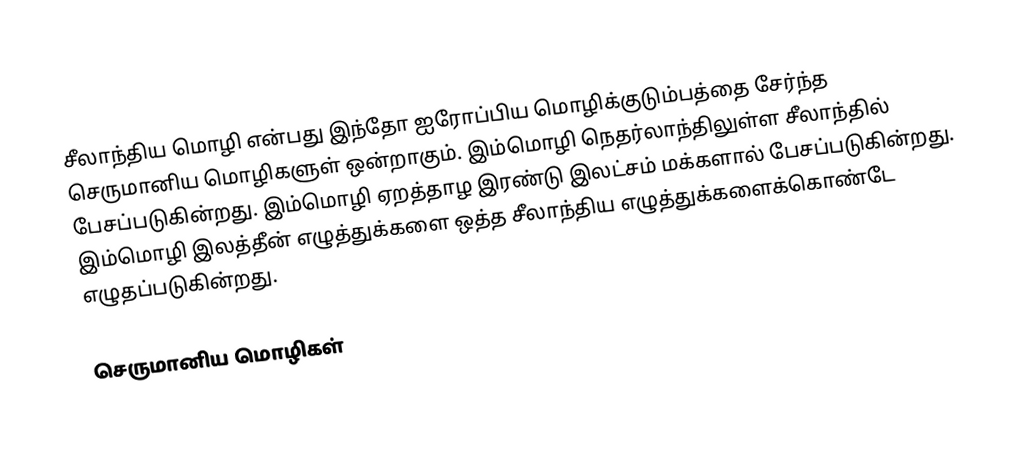
சீலாந்திய மொழி என்பது இந்தோ ஐரோப்பிய மொழிக்குடும்பத்தை சேர்ந்த செருமானிய மொழிகளுள் ஒன்றாகும். இம்மொழி நெதர்லாந்திலுள்ள சீலாந்தில் பேசப்படுகின்றது. இம்மொழி ஏறத்தாழ இரண்டு இலட்சம் மக்களால் பேசப்படுகின்றது. இம்மொழி இலத்தீன் எழுத்துக்களை ஒத்த சீலாந்திய எழுத்துக்களைக்கொண்டே எழுதப்படுகின்றது.

செருமானிய மொழிகள்